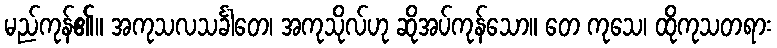
မည်ကုန်၏။ အကုသလသင်္ခါတေ၊ အကုသိုလ်ဟု ဆိုအပ်ကုန်သော။ တေ ကုသေ၊ ထိုကုသတရား